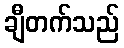
ချီတက်သည်